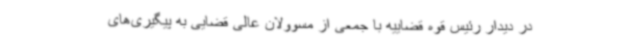
در دیدار رئیس قوه قضاییه با جمعی از مسوولان عالی قضایی به پیگیری‌های